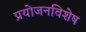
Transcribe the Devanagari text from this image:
प्रयोजनविशेष